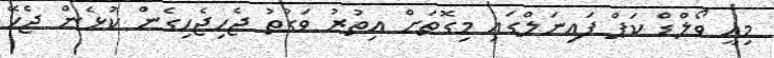
މިއީ ވޯލްޑް ކަޕް ފައިނަލްގައި މިގޮތަށް އިތުރު ވަގުތު ޖެހިޖެހިގެން ކުޅެން ޖެހޭ